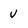
Character: v